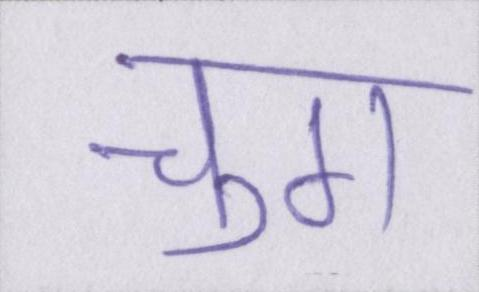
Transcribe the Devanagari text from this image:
चुग